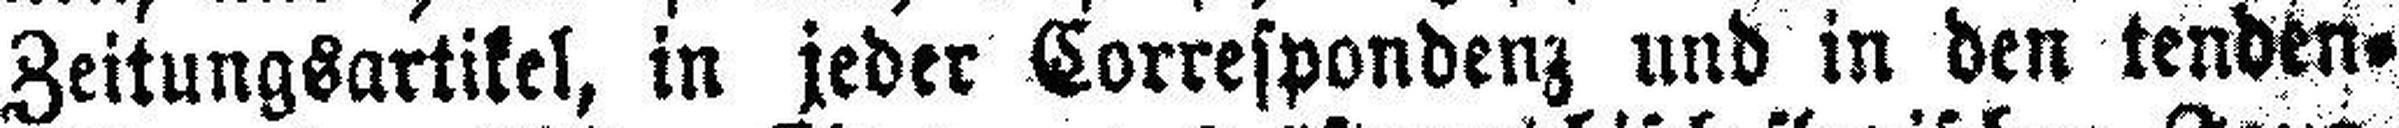
Zeitungsartikel, in jeder Correspondenz und in den tenden¬